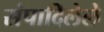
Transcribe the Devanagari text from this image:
संपादिलेले